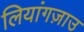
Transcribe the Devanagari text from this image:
लियांगज़ाउ